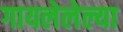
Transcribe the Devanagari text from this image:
गायलेलेल्या